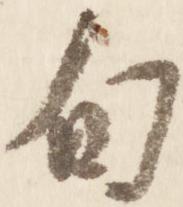
旬